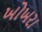
ખોખરા